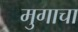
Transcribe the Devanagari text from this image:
मुगाचा